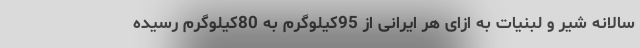
سالانه شیر و لبنیات به ازای هر ایرانی از 95کیلوگرم به 80کیلوگرم رسیده